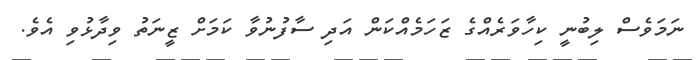
ނަމަވެސް ލިބުނީ ކިހާވަރެއްގެ ޒަހަމެއްކަން އަދި ސާފުނުވާ ކަމަށް ޒީނަތު ވިދާޅުވި އެވެ.